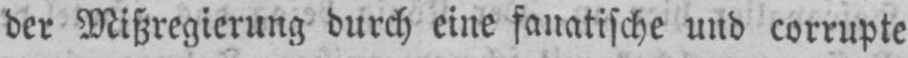
der Mißregierung durch eine fanatische und corrupte